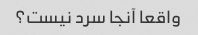
واقعا آنجا سرد نیست؟